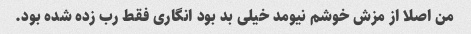
من اصلا از مزش خوشم نیومد خیلی بد بود انگاری فقط رب زده شده بود.